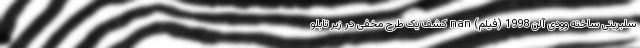
سلبریتی ساخته وودی آلن 1998 (فیلم) nan کشف یک طرح مخفی در زیر تابلو